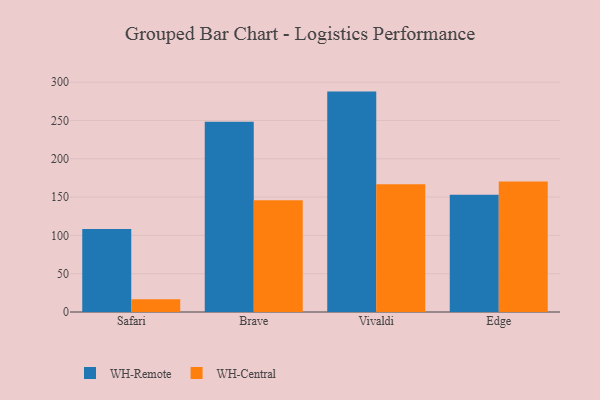
{"axis": {"x": "Browser", "y": "Temperature (°C)"}, "legend": ["WH-Central", "WH-Remote"], "data": [{"x": "Safari", "y": 108.5, "type": "WH-Remote"}, {"x": "Safari", "y": 16.5, "type": "WH-Central"}, {"x": "Brave", "y": 248.4, "type": "WH-Remote"}, {"x": "Brave", "y": 145.9, "type": "WH-Central"}, {"x": "Vivaldi", "y": 287.7, "type": "WH-Remote"}, {"x": "Vivaldi", "y": 166.8, "type": "WH-Central"}, {"x": "Edge", "y": 153.0, "type": "WH-Remote"}, {"x": "Edge", "y": 170.2, "type": "WH-Central"}]}